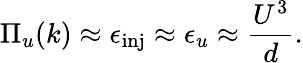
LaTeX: \Pi_{u}(k)\approx\epsilon_{\mathrm{inj}}\approx\epsilon_{u}\approx\frac{U^{3}}{d}.